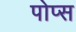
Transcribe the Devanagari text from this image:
पोप्स